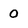
Character: 0